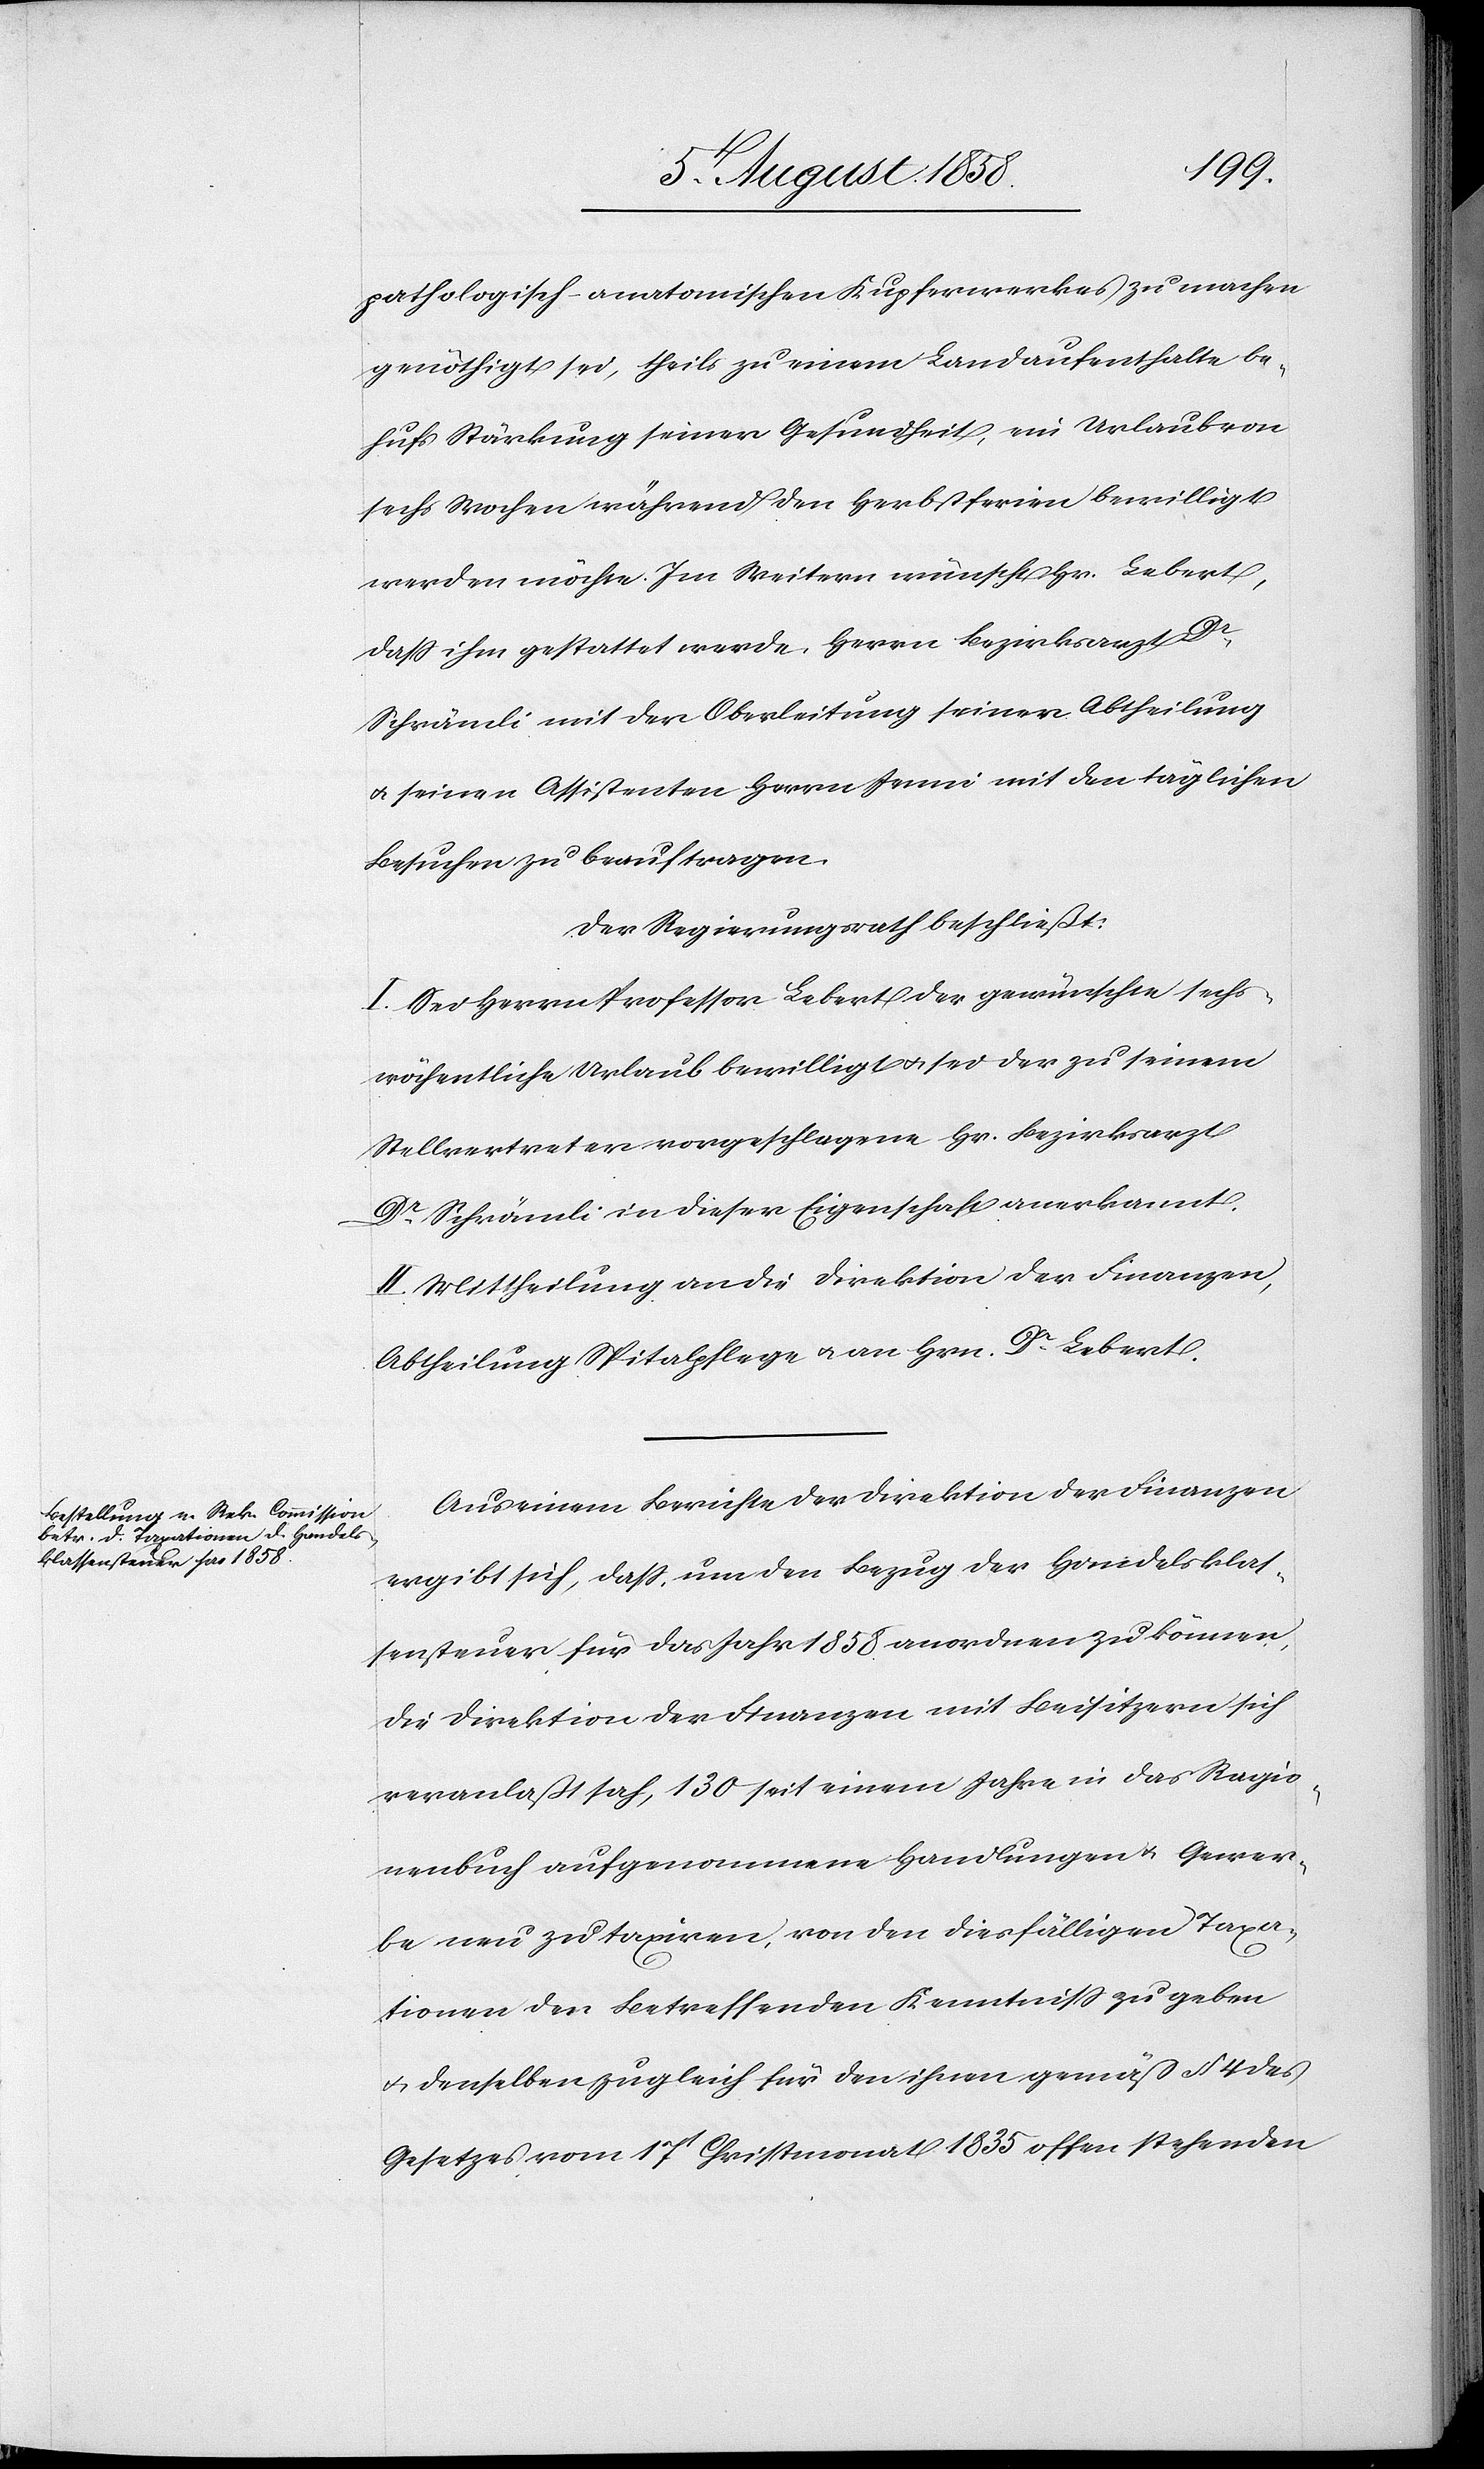
pathologisch-anatomischen Kupferwerkes zu machen
genöthigt sei, theils zu einem Landaufenthalte be¬
hufs Stärkung seiner Gesundheit, ein Urlaub von
sechs Wochen während den Herbstferien bewilligt
werden möchte. Im Weitern wünscht Hr. Lebert,
dass ihm gestattet werde, Herrn Bezirksarzt Dr.
Schrämli mit der Oberleitung seiner Abtheilung
& seinen Assistenten Herrn Jenni mit den täglichen
Besuchen zu beauftragen.
Der Regierungsrath beschließt:
I. Sei Herrn Professor Lebert der gewünschte sechs¬
wöchentliche Urlaub bewilligt & sei der zu seinem
Stellvertreter vorgeschlagene Hr. Bezirksarzt
Dr. Schrämli in dieser Eigenschaft anerkannt.
II. Mittheilung an die Direktion der Finanzen,
Abtheilung Spitalpflege & an Hrn. Dr. Lebert.
Aus einem Berichte der Direktion der Finanzen
ergibt sich, dass, um den Bezug der Handelsklas¬
sensteuer für das Jahr 1858 anordnen zu können,
die Direktion der Finanzen mit Beisitzern sich
veranlaßt sah, 130 seit einem Jahre in das Ragio¬
nenbuch aufgenommene Handlungen & Gewer¬
be neu zu taxiren, von den diesfälligen Taxa¬
tionen den Betreffenden Kenntniss zu geben
& denselben zugleich für den ihnen gemäß § 4 des
Gesetzes vom 17t Christmonat 1835 offen stehenden